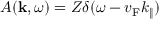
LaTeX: A ( \mathbf { k } , \omega ) = Z \delta ( \omega - v _ { \mathrm { { F } } } k _ { \| } )